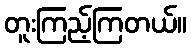
တူးကြည့်ကြတယ်။